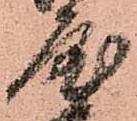
屋